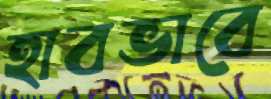
হাবভাবে